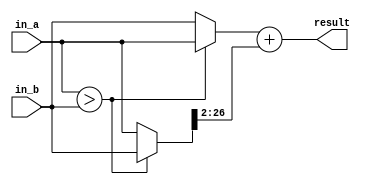
module ambm (
    input [26:0] in_a,
    input [26:0] in_b,
    output reg [26:0] result
);

reg [26:0] max_val;
reg [26:0] min_val;
reg [26:0] diff;
reg [26:0] sum;

// Set alpha to 1
localparam [26:0] alpha = 27'b0000000000001000000000000000;

always @(*) begin
    // Find max and min of inputs
    if (in_a > in_b) begin
        max_val = in_a;
        min_val = in_b;
    end else begin
        max_val = in_b;
        min_val = in_a;
    end


    // Calculate sum (alpha * max + beta * min) using shifting
    // alpha = 1, so alpha * max = max
    // beta = 1/4, so beta * min = min >> 2
    sum = max_val + (min_val >> 2);

    result = sum;

end

// non_restoring_sqrt sqrt_inst (
//     .square_distance(product),
//     .sqrt_distance(temp_result)
// );


endmodule